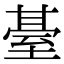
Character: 䑓